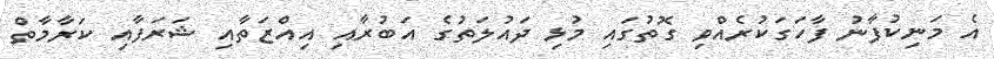
އެ މަނިކުފާނު ފާހަގަކުރެއްވި ގޮތުގައި މުޅި ދައުލަތުގެ އަބުރާއި އިއްޒަތާއި ޝަރަފާއި ކަރާމާތް